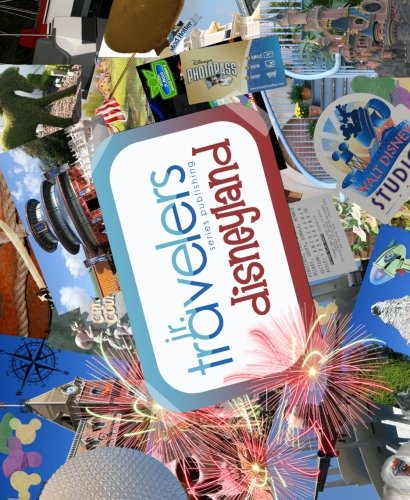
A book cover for Jr. Travelers Series - Disneyland; Travelers Series Publishing; Travel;